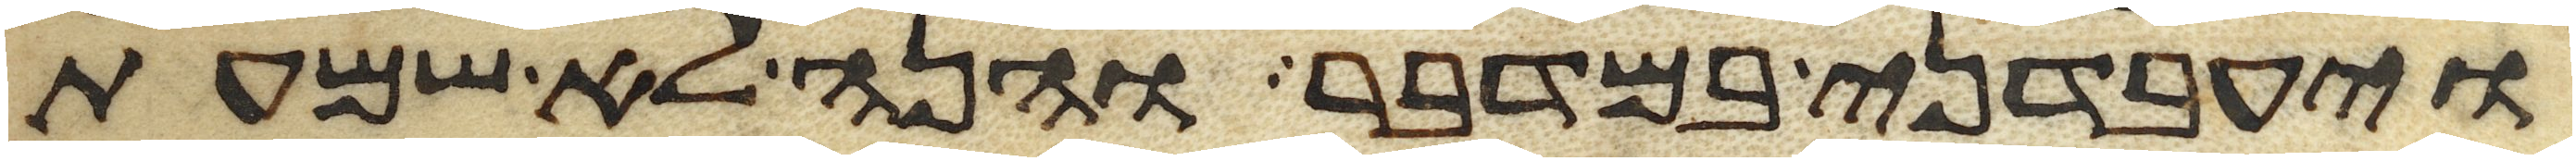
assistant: ויעבדני במדבר והנה לא שמעת